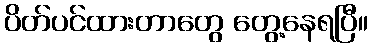
ပိတ်ပင်ထားတာတွေ တွေ့နေရပြီ။